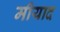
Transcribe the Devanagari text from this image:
मीयाद